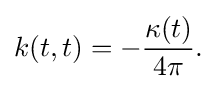
\displaystyle {k(t,t)=-{\kappa (t) \over 4\pi }.}